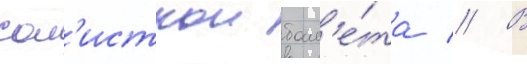
сол'исткои бал'е́та // В